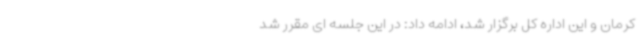
کرمان و این اداره کل برگزار شد، ادامه داد: در این جلسه ای مقرر شد